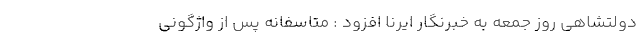
دولتشاهی روز جمعه به خبرنگار ایرنا افزود : متاسفانه پس از واژگونی